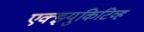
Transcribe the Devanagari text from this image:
एक्झ्युकिटिव्ह